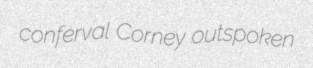
conferval Corney outspoken